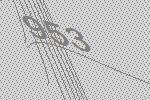
953